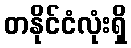
တနိုင်ငံလုံးရှိ